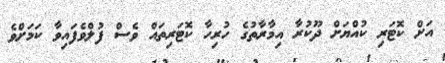
އަށް ކޮޓަރި ކުއްޔަށް ދޫކުރާ އިމާރާތުގެ ހުރިހާ ކޮޓަރިތައް ވެސް ފުލްވެފައިވާ ކަމަށްވެ